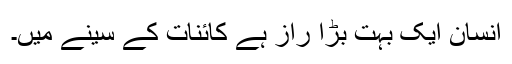
انسان ایک بہت بڑا راز ہے کائنات کے سینے میں۔